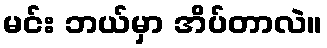
မင်း ဘယ်မှာ အိပ်တာလဲ။